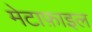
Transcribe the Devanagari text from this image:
मेटाफ़ाइल